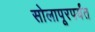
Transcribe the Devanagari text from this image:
सोलापूरपर्यंत